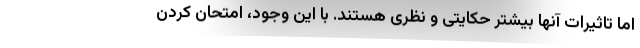
اما تاثیرات آنها بیشتر حکایتی و نظری هستند. با این وجود، امتحان کردن